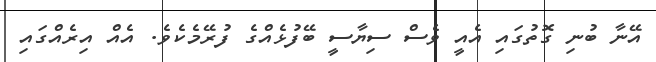
އޭނާ ބުނި ގޮތުގައި އެއީ ވެސް ސިޔާސީ ބޭފުޅެއްގެ ފުރޭމެކެވެ. އެއް އިރެއްގައި